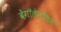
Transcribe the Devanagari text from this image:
बेंगॉलेन्सिस